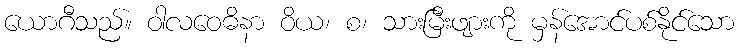
ယောဂီသည်။ ဝါလဝေဓိနာ ဝိယ၊ စ၊ သားမြီးဖျားကို မှန်အောင်ပစ်နိုင်သော